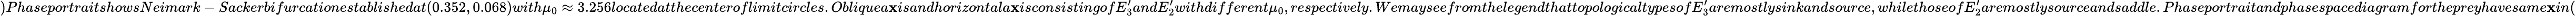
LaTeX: )PhaseportraitshowsNeimark-Sackerbifurcationestablishedat(0.352,0.068)with\mu_{0}\approx3.256locatedatthecenteroflimitcircles.Obliquea\mathbf{x}isandhorizontala\mathbf{x}isconsistingofE_{3}^{\prime}andE_{2}^{\prime}withdifferent\mu_{0},respectively.WemayseefromthelegendthattopologicaltypesofE_{3}^{\prime}aremostlysinkandsource,whilethoseofE_{2}^{\prime}aremostlysourceandsaddle.Phaseportraitandphasespacediagramforthepreyhavesame\mathbf{x}in(